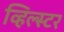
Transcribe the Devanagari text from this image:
व्हिल्स्टर